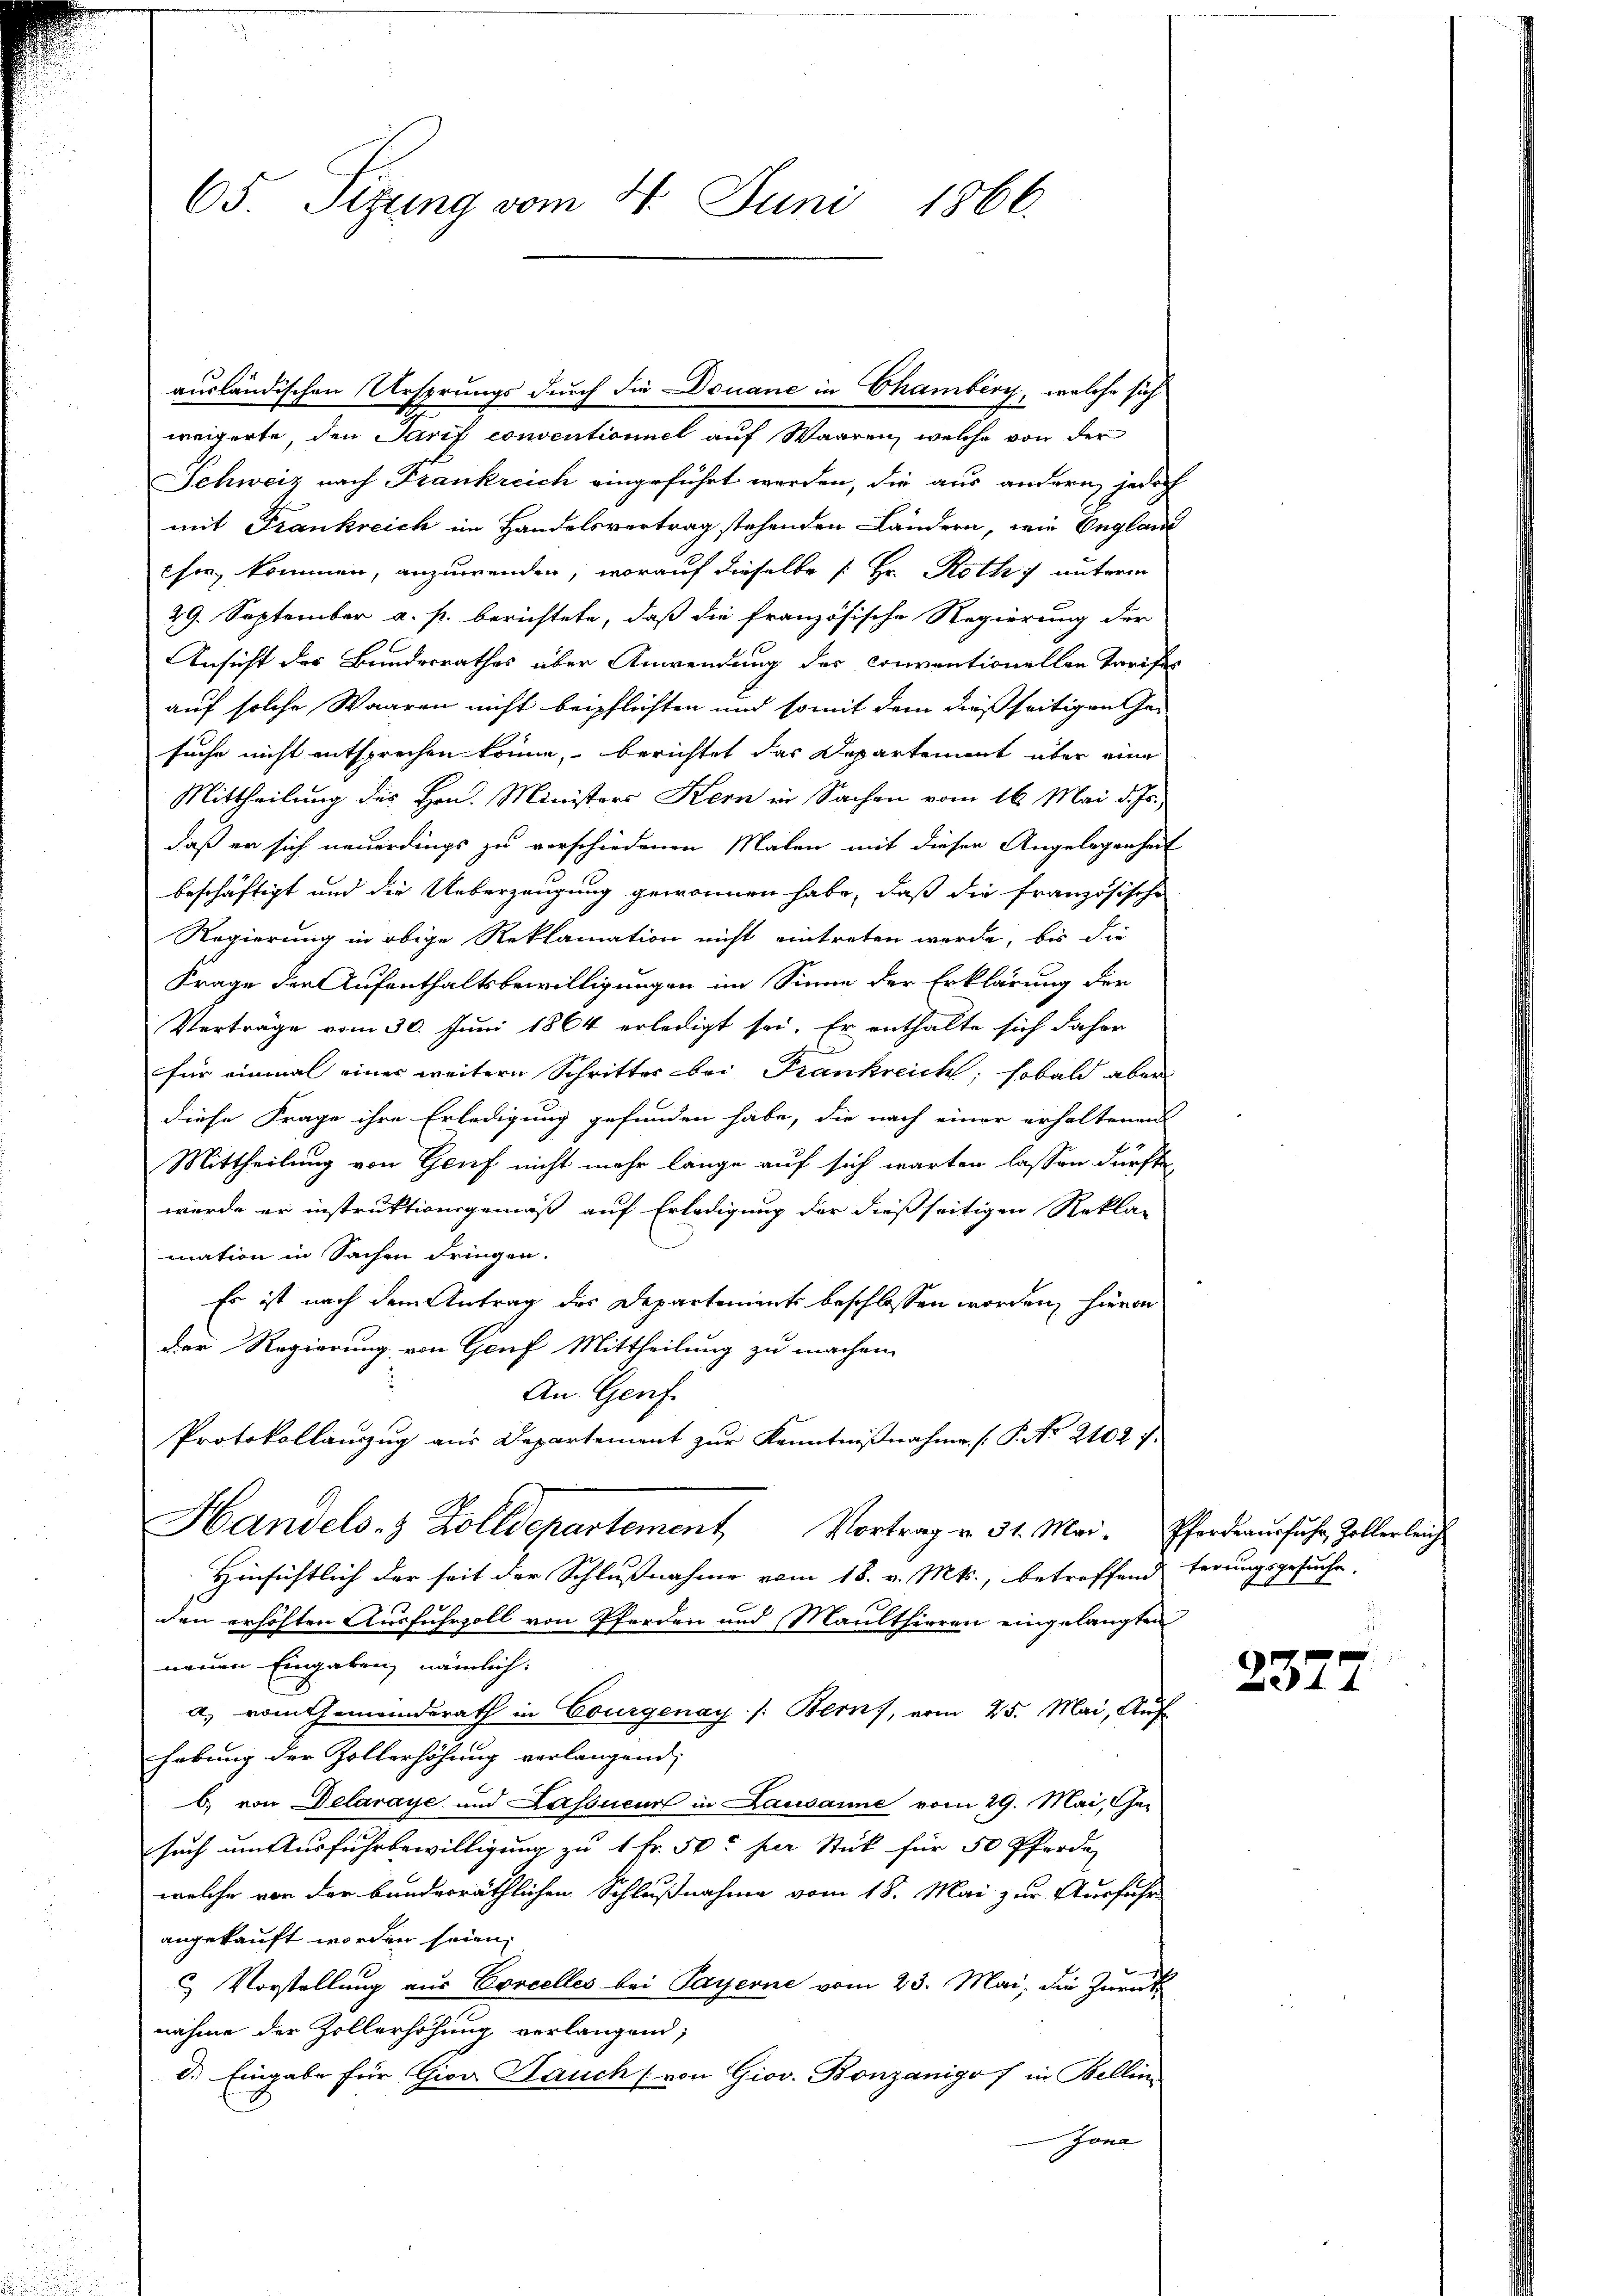
65. Sizung vom 4. Juni 1866.

Schweiz nach Frankreich eingeführt werden, die aus andern jedoch
mit Frankreich im Handelsvertrag stehenden Ländern, wie Englan
esie kommen, anzuwenden, worauf dieselbe s. Hr. Roth unterm
29. September a. p. berichtete, daß die französische Regierung der
Ansicht der Bundesrathes über Anwendung des conventionellen Tarifes
auf solche Waaren nicht beipflichten und somit dem dießseitigen Gesuche nicht entsprechen könne, berichtet das Departement über eine
Mittheilung des Hrn. Ministers Kern in Sachen vom 16. Mai d. Js.,
daß er sich neuerdings zu verschiedenen Malen mit dieser Angelegenheit
beschäftigt und die Ueberzeugung gewonnen habe, daß die französische
Regierung in obige Reklamation nicht eintreten werde, bis die
Frage der Aufenthaltsbewilligungen im Sinne der Erklärung der
Verträge vom 30. Juni 1864 erledigt sei. Er enthalte sich daher
für einmal einer weitere Schritter bei Frankreich, sobald aber
diese Frage ihre Erledigung gefunden habe, die nach einer erhaltenen
Mittheilung von Genf nicht mehr lange auf sich warten lassen dürfte,
wurde er instruktionsgemäß auf Erledigung der dießseitigen Rekla-
mation in Sachen Fringen.
Es ist nach dem Antrag des Departements beschlossen worden, hieron
Der Regierung von Genf Mittheilung zu machen.
An Genf.
Protokollanzŭg aŭs Departement zŭr Kenntniβnahme. (T. No 2102 f.
Handels- & Zolldepartement Vortrag v. 31. Mai. Pferdeausfuhr, Zollerleich
Hinsichtlich der seit der Schlussnahme vom 18. v. Mts., betreffend terungsgesuche.
den erhöhten Ausfuhrzoll von Pferden und Maulthieren eingelangten
neuen Eingaben, nämlich:
a) vom Gemeinderath in Courgenay /: Bern, vom 25. Mai, Auf
hebung der Zollerhöhung verlangend,
b. von Delaraye und Kassieur in Lausanne vom 29. Mai, er
such um Ausfuhrbewilligung zu 1 Fr. 50 per Stück für 50 Pferde
welche von der bundesräthlichen Schlußnahme vom 18. Mai zur Ausführ
angekauft worden seien.
3 Vorstellung aus Concelles bei Payerne vom 23. Mai, die Zurück
nahme der Zollerhöhung verlangend,
d.) Eingabe für Giov Sauch von Giov. Bonzanigo in Bellin
Jona

ausländischen Ursprungs durch die Douane in Chamberg, welche sich
weigerte, den Tarif conventioniel auf Waaren, welche von der

2377